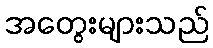
အတွေးများသည်